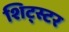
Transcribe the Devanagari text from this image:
शिट्स्टर